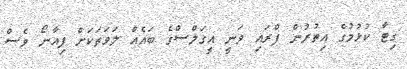
ގިޓާ ކުޅުމުގެ އިތުރުން ފްރައި ވަނީ އީގަލްސްގެ ބައެއް ލަވަތަކަށް ޕިއާނޯ ވެސް